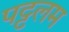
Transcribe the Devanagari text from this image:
पट्टलम